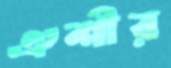
ঐশীর